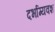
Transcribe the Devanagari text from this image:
दर्भाग्यवश